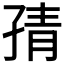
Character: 𭓉